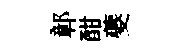
鄣酣夔